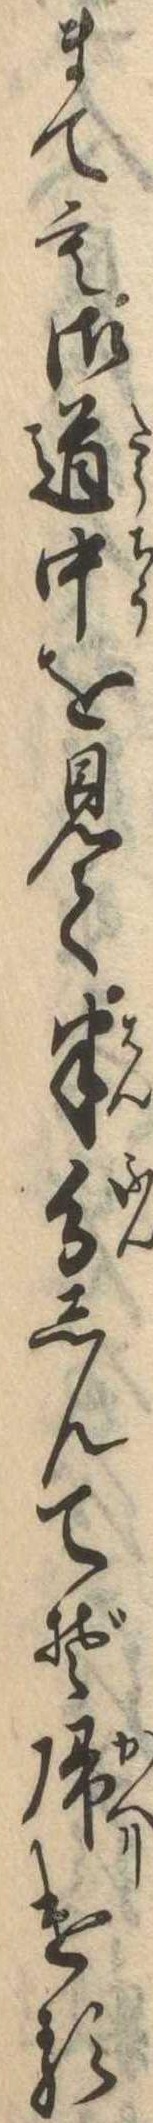
まても御道中を見て半分しんてぞ帰ける